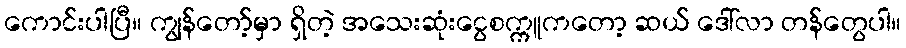
ကောင်းပါပြီ။ ကျွန်တော့်မှာ ရှိတဲ့ အသေးဆုံးငွေစက္ကူကတော့ ဆယ် ဒေါ်လာ တန်တွေပါ။